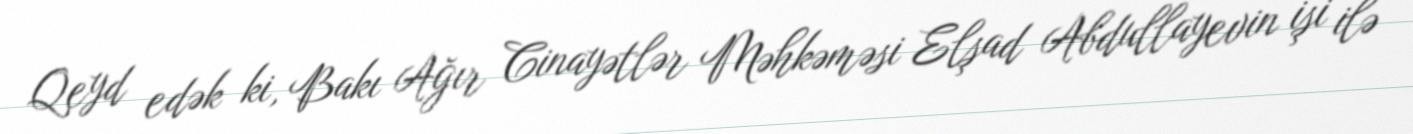
Qeyd edək ki, Bakı Ağır Cinayətlər Məhkəməsi Elşad Abdullayevin işi ilə